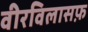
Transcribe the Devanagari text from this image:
वीरविलासफ़